Civil Veterinary Dept. Bombay admin report 1923-31 - 1923-1931
Year: 1923
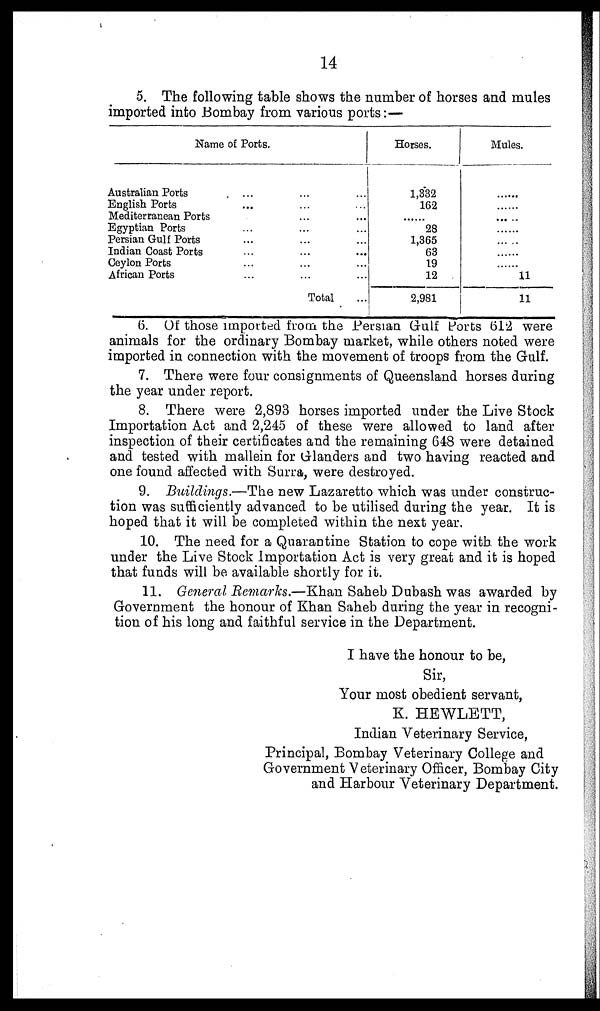
14
5. The following table shows the number of horses and males
imported into Bombay from various ports:—
Name of Ports.
Australian Ports
English Ports
Mediterranean Ports
Egyptian Ports
Persian Gulf Ports
Indian Coast Ports
Ceylon Ports
African Ports
...
...
...
...
...
...
...
...
...
...
...
...
...
...
...
Total
...
...
...
...
...
...
...
...
...
Horses.
1,882
162
......
28
1,865
63
19
12
2,981
Mules.
......
......
... ..
......
... ..
......
......
11
11
6. Of those imported from the Persian Gulf Ports 612 were
animals for the ordinary Bombay market, while others noted were
imported in connection with the movement of troops from the Gulf.
7. There were four consignments of Queensland horses during
the year under report.
8. There were 2,893 horses imported under the Live Stock
Importation Act and 2,245 of these were allowed to land after
inspection of their certificates and the remaining 648 were detained
and tested with mallein for Glanders and two having reacted and
one found affected with Surra, were destroyed.
9. Buildings.—The new Lazaretto which was under construc-
tion was sufficiently advanced to be utilised during the year. It is
hoped that it will be completed within the next year.
10. The need for a Quarantine Station to cope with the work
under the Live Stock importation Act is very great and it is hoped
that funds will be available shortly for it.
11. General Remarks.—Khan Saheb Dubash was awarded by
Government the honour of Khan Saheb during the year in recogni-
tion of his long and faithful service in the Department.
I have the honour to be,
Sir,
Your most obedient servant,
K. HEWLETT,
Indian Veterinary Service,
Principal, Bombay Veterinary College and
Government Veterinary Officer, Bombay City
and Harbour Veterinary Department.